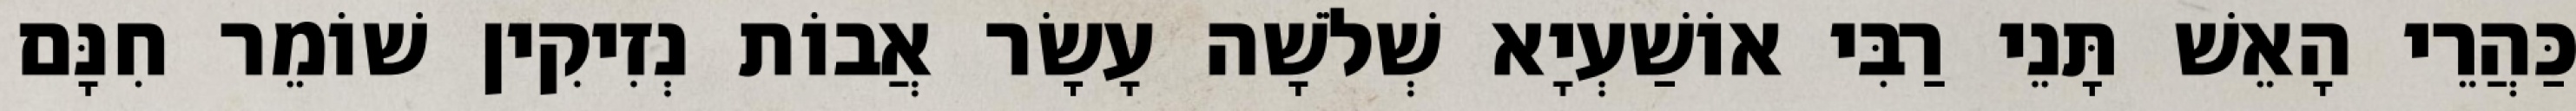
כַּהֲרֵי הָאֵשׁ תָּנֵי רַבִּי אוֹשַׁעְיָא שְׁלֹשָׁה עָשָׂר אֲבוֹת נְזִיקִין שׁוֹמֵר חִנָּם